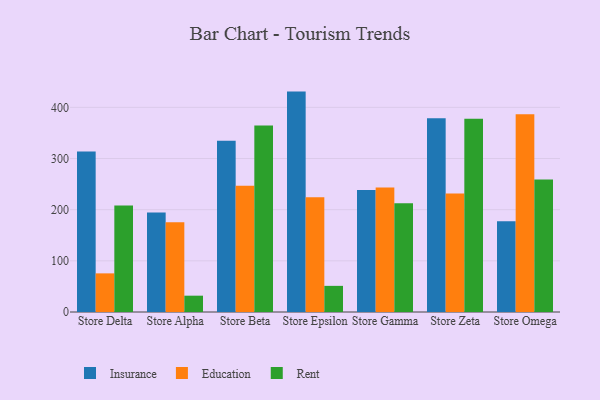
{"axis": {"x": "Store", "y": "Customer Acquisition Cost (USD)"}, "legend": ["Education", "Insurance", "Rent"], "data": [{"x": "Store Delta", "y": 313.6, "type": "Insurance"}, {"x": "Store Delta", "y": 75.5, "type": "Education"}, {"x": "Store Delta", "y": 208.1, "type": "Rent"}, {"x": "Store Alpha", "y": 194.6, "type": "Insurance"}, {"x": "Store Alpha", "y": 175.4, "type": "Education"}, {"x": "Store Alpha", "y": 31.9, "type": "Rent"}, {"x": "Store Beta", "y": 334.6, "type": "Insurance"}, {"x": "Store Beta", "y": 246.6, "type": "Education"}, {"x": "Store Beta", "y": 364.5, "type": "Rent"}, {"x": "Store Epsilon", "y": 430.8, "type": "Insurance"}, {"x": "Store Epsilon", "y": 224.4, "type": "Education"}, {"x": "Store Epsilon", "y": 51.1, "type": "Rent"}, {"x": "Store Gamma", "y": 238.5, "type": "Insurance"}, {"x": "Store Gamma", "y": 243.3, "type": "Education"}, {"x": "Store Gamma", "y": 212.7, "type": "Rent"}, {"x": "Store Zeta", "y": 378.7, "type": "Insurance"}, {"x": "Store Zeta", "y": 231.5, "type": "Education"}, {"x": "Store Zeta", "y": 377.6, "type": "Rent"}, {"x": "Store Omega", "y": 177.2, "type": "Insurance"}, {"x": "Store Omega", "y": 386.4, "type": "Education"}, {"x": "Store Omega", "y": 259.2, "type": "Rent"}]}